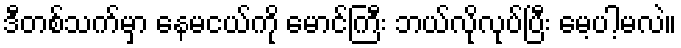
ဒီတစ်သက်မှာ နေမငယ်ကို မောင်ကြီး ဘယ်လိုလုပ်ပြီး မေ့ပါ့မလဲ။